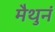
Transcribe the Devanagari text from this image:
मैथुनं